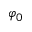
\varphi _ { 0 }